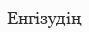
Енгізудің